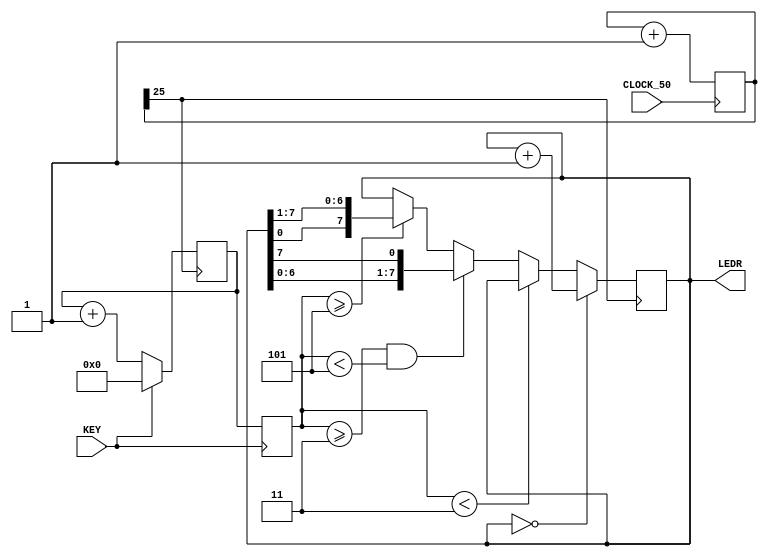
//Cu 4:Thit k mch dch LED s dng 8 LED vi xung clock khong 1Hz c chia t
//clock 50Mhz, mi ln bm v th ngay KEY th LED s ng yn, bm v th trong 3s
//LED s dch tri, bm v th trong 5s LED s dch phi.
module cau4(input CLOCK_50, input KEY, output reg [7:0] LEDR);
reg[25:0] counter;
reg[3:0] flag;
reg[3:0] t;
always @(posedge CLOCK_50) 
	counter = counter + 1'b1;
always @(posedge counter[25])
	if(KEY == 0)
		flag = flag + 1'b1;
	else
		flag = 0;
always @(posedge KEY)
	t = flag;
always @(posedge counter[25])
	begin
		if(LEDR == 0)
		LEDR = LEDR + 1'b1;
		else if(t<3)
		LEDR = LEDR;
		else if ((t>=3)&&(t<5))
		LEDR = {LEDR[6:0],LEDR[7]};//phai->trai
		else if (t>=5)
		LEDR = {LEDR[0], LEDR[7:1]};//trai->phai
	end
endmodule